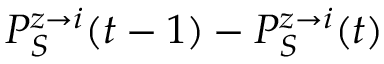
P _ { S } ^ { z \rightarrow i } ( t - 1 ) - P _ { S } ^ { z \rightarrow i } ( t )